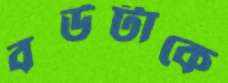
বউটাকে